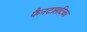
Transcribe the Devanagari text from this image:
फैनटासटिका